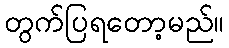
တွက်ပြရတော့မည်။